Registration of youth, 1941
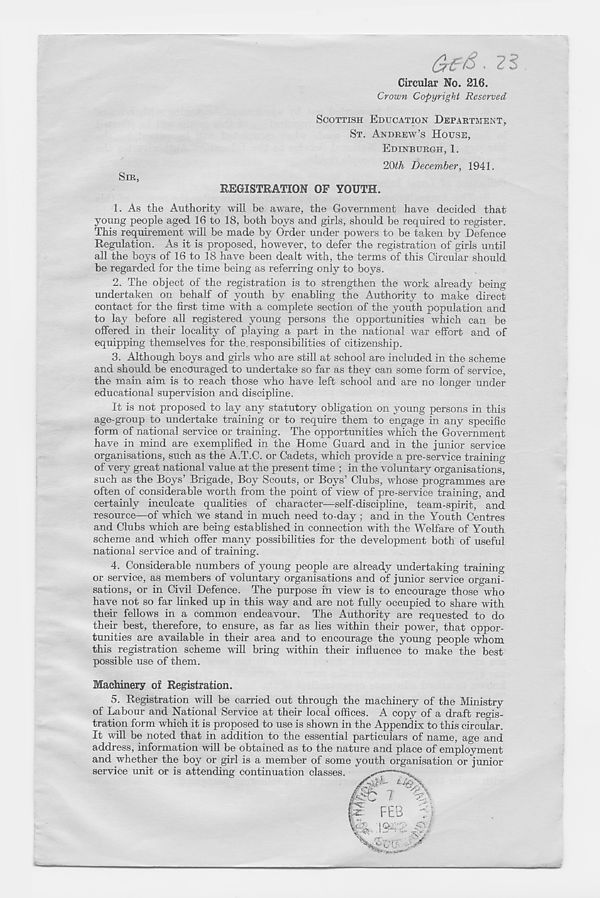
Circular No. 216.
Crown Copyright Reserved
SIR,
SCOTTISH EDUCATION DEPARTMENT,
ST. ANDREW’S HOUSE,
EDINBURGH, 1.
2Qlh December, 1941.
REGISTRATION OF YOUTH.
1. As the Authority will be aware, the Government have decided that
young people aged 16 to 18, both boys and girls, should be required to register.
This requirement will be made by Order under powers to be taken by Defence
Regulation. As it is proposed, however, to defer the registration of girls until
all the boys of 16 to 18 have been dealt with, the terms of this Circular should
be regarded for the time being as referring only to boys.
2. The object of the registration is to strengthen the work already being
undertaken on behalf of youth by enabling the Authority to make direct
contact for the first time with a complete section of the youth population and
to lay before all registered young persons the opportunities which can be
offered in their locality of playing a part in the national war effort and of
equipping themselves for the. responsibilities of citizenship.
3. Although boys and girls who are still at school are included in the scheme
and should be encouraged to undertake so far as they can some form of service,
the main aim is to reach those who have left school and are no longer under
educational supervision and discipline.
It is not proposed to lay any statutory obligation on young persons in this
age-group to undertake training or to require them to engage in any specific
form of national service or training. The opportunities which the Government
have in mind are exemplified in the Home Guard and in the junior service
organisations, such as the A.T.C. or Cadets, which provide a pre-service training
of very great national value at the present time ; in the voluntary organisations,
such as the Boys’ Brigade, Boy Scouts, or Boys’ Clubs, whose programmes are
often of considerable worth from the point of view of pre-service training, and
certainly inculcate qualities of character—self-discipline, team-spirit, and
resource—of which we stand in much need to-day ; and in the Youth Centres
and Clubs which are being established in connection with the Welfare of Youth
scheme and which offer many possibilities for the development both of useful
national service and of training.
4. Considerable numbers of young people are already undertaking training
or service, as members of voluntary organisations and of" junior service organi-
sations, or in Civil Defence. The purpose in view is to encourage those who
have not so far linked up in this way and are not fully occupied to share with
their fellows in a common endeavour. The Authority are requested to do
their best, therefore, to ensure, as far as lies within their power, that oppor-
tunities are available in their area and to encourage the young people whom
this registration scheme will bring within their influence to make the best
possible use of them.
Machinery of Registration.
5.
Registration will be carried out through the
of Labour and National Service at their local offices. A copy of a draft regis-
tration form which it is proposed to use is shown in the Appendix to this circular.
It will be noted that in addition to the essential particulars of name, age and
address, information will be obtained as to the nature and place of employment
and whether the boy or girl is a member of some youth organisation or junior
service unit or is attending continuation classes.
m T